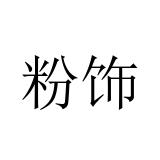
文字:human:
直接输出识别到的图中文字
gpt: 粉饰